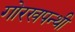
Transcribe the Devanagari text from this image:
गोरखपन्थी